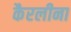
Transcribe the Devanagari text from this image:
कैरलीना